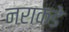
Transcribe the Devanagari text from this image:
नराकडे